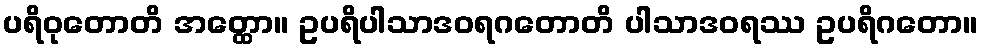
ပရိဝုတောတိ အတ္ထော။ ဥပရိပါသာဒဝရဂတောတိ ပါသာဒဝရဿ ဥပရိဂတော။